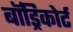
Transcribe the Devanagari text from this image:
बॉड्रिकोर्ट